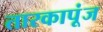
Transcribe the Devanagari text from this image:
तारकापूंज